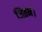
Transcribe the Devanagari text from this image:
जितने।